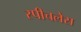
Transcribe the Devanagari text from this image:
स्‍पीचलेस